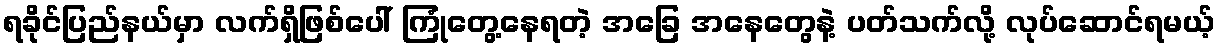
ရခိုင်ပြည်နယ်မှာ လက်ရှိဖြစ်ပေါ် ကြုံတွေ့နေရတဲ့ အခြေ အနေတွေနဲ့ ပတ်သက်လို့ လုပ်ဆောင်ရမယ့်